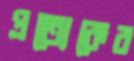
প্রত্যেকের